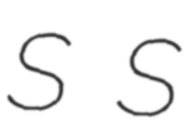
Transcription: S S